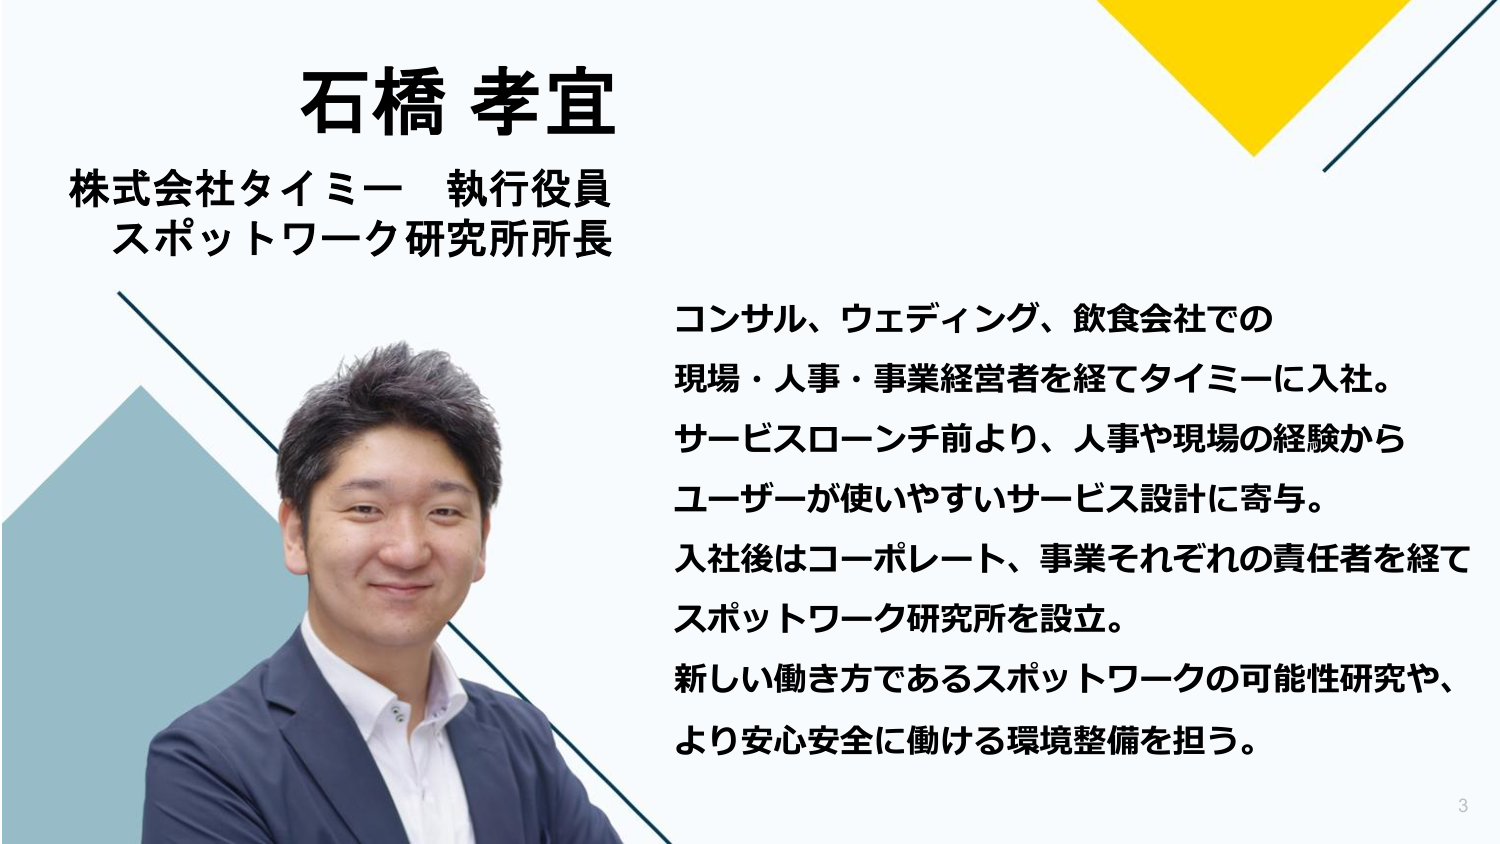
石橋 孝宜
株式会社タイミー 執行役員
スポットワーク研究所所長

コンサル、ウェディング、飲食会社での
現場・人事・事業経営者を経てタイミーに入社。
サービスローンチ前より、人事や現場の経験から
ユーザーが使いやすいサービス設計に寄与。
入社後はコーポレート、事業それぞれの責任者を経て
スポットワーク研究所を設立。
新しい働き方であるスポットワークの可能性研究や、
より安心安全に働ける環境整備を担う。

3